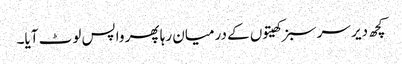
کچھ دیر سرسبز کھیتوں کے درمیان رہا پھر واپس لوٹ آیا۔